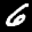
Label: 6